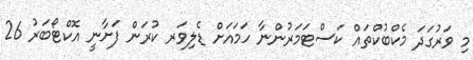
މި ވަރުގަދަ މެކްބުކްތައް ކަސްޓަމަރުންނާ ހަމައަށް ޑެލިވަރ ކުރަން ފަށާނީ އޮކްޓޯބަރު 26